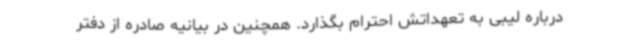
درباره لیبی به تعهداتش احترام بگذارد. همچنین در بیانیه صادره از دفتر